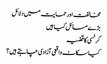
مخالفت اور حمایت میں دلائل
بڑے مسائل کیا ہیں
کرنسی کا قضیہ
کیا سکاٹ واقعی آزادی چاہتے ہیں؟